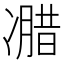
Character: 𰄌